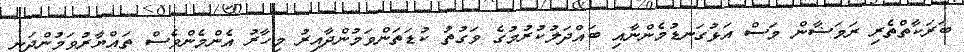
ބަރަކާތްތެރި ރަމަޟާން މަސް އަޅުގަނޑުމެންނާއި ބައްދަލުކުރުމުގެ ވަގުތު ކުޑަތަންވަމުންދާއިރު މިހާރު އެންމެންވެސް ތައްޔާރުވަމުންދަނީ